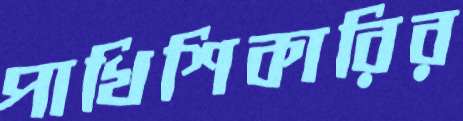
পাখিশিকারির